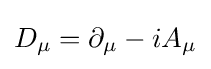
D_{\mu }=\partial _{\mu }-iA_{\mu }